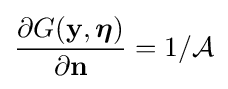
{\frac {\partial G(\mathbf {y} ,{\boldsymbol {\eta }})}{\partial \mathbf {n} }}=1/{\mathcal {A}}